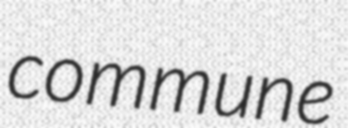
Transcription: commune